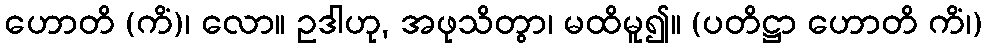
ဟောတိ (ကိံ)၊ လော။ ဥဒါဟု, အဖုသိတွာ၊ မထိမူ၍။ (ပတိဋ္ဌာ ဟောတိ ကိံ၊)